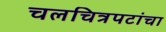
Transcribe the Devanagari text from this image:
चलचित्रपटांचा